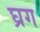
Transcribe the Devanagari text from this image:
घ्रग